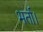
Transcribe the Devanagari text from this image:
भर्ता।